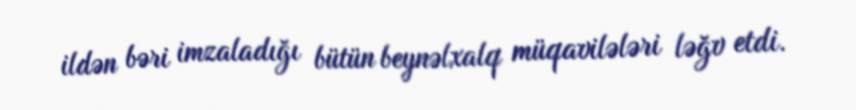
ildən bəri imzaladığı bütün beynəlxalq müqavilələri ləğv etdi.